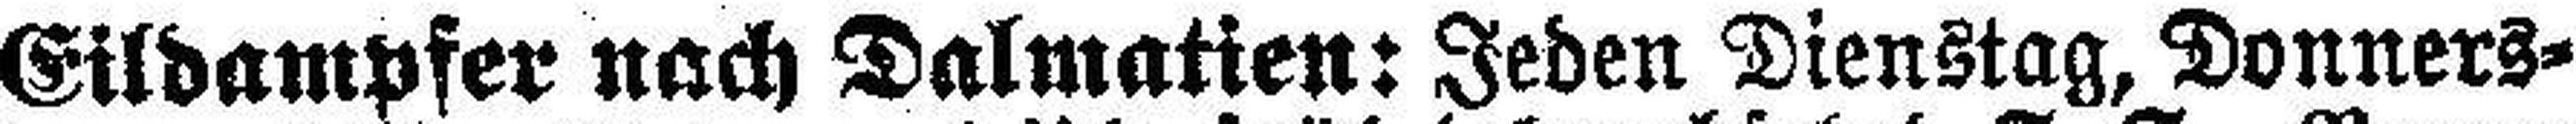
Eildampfer nach Dalmatien: Jeden Dienstag, Donners¬